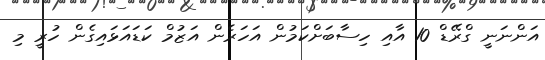
އަންނަނީ ގްރޭޑް 10 އާއި ހިސާބަށްކަމުން އަހަރެން އަޒުމް ކަޑައަޅައިގެން ހުރީ މި